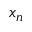
x _ { n }